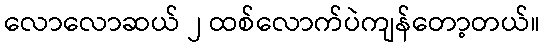
လောလောဆယ် ၂ ထစ်လောက်ပဲကျန်တော့တယ်။